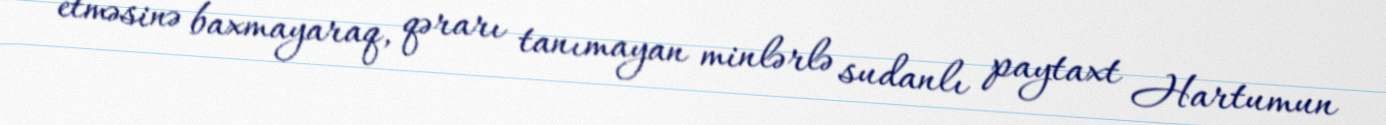
etməsinə baxmayaraq, qərarı tanımayan minlərlə sudanlı paytaxt Hartumun